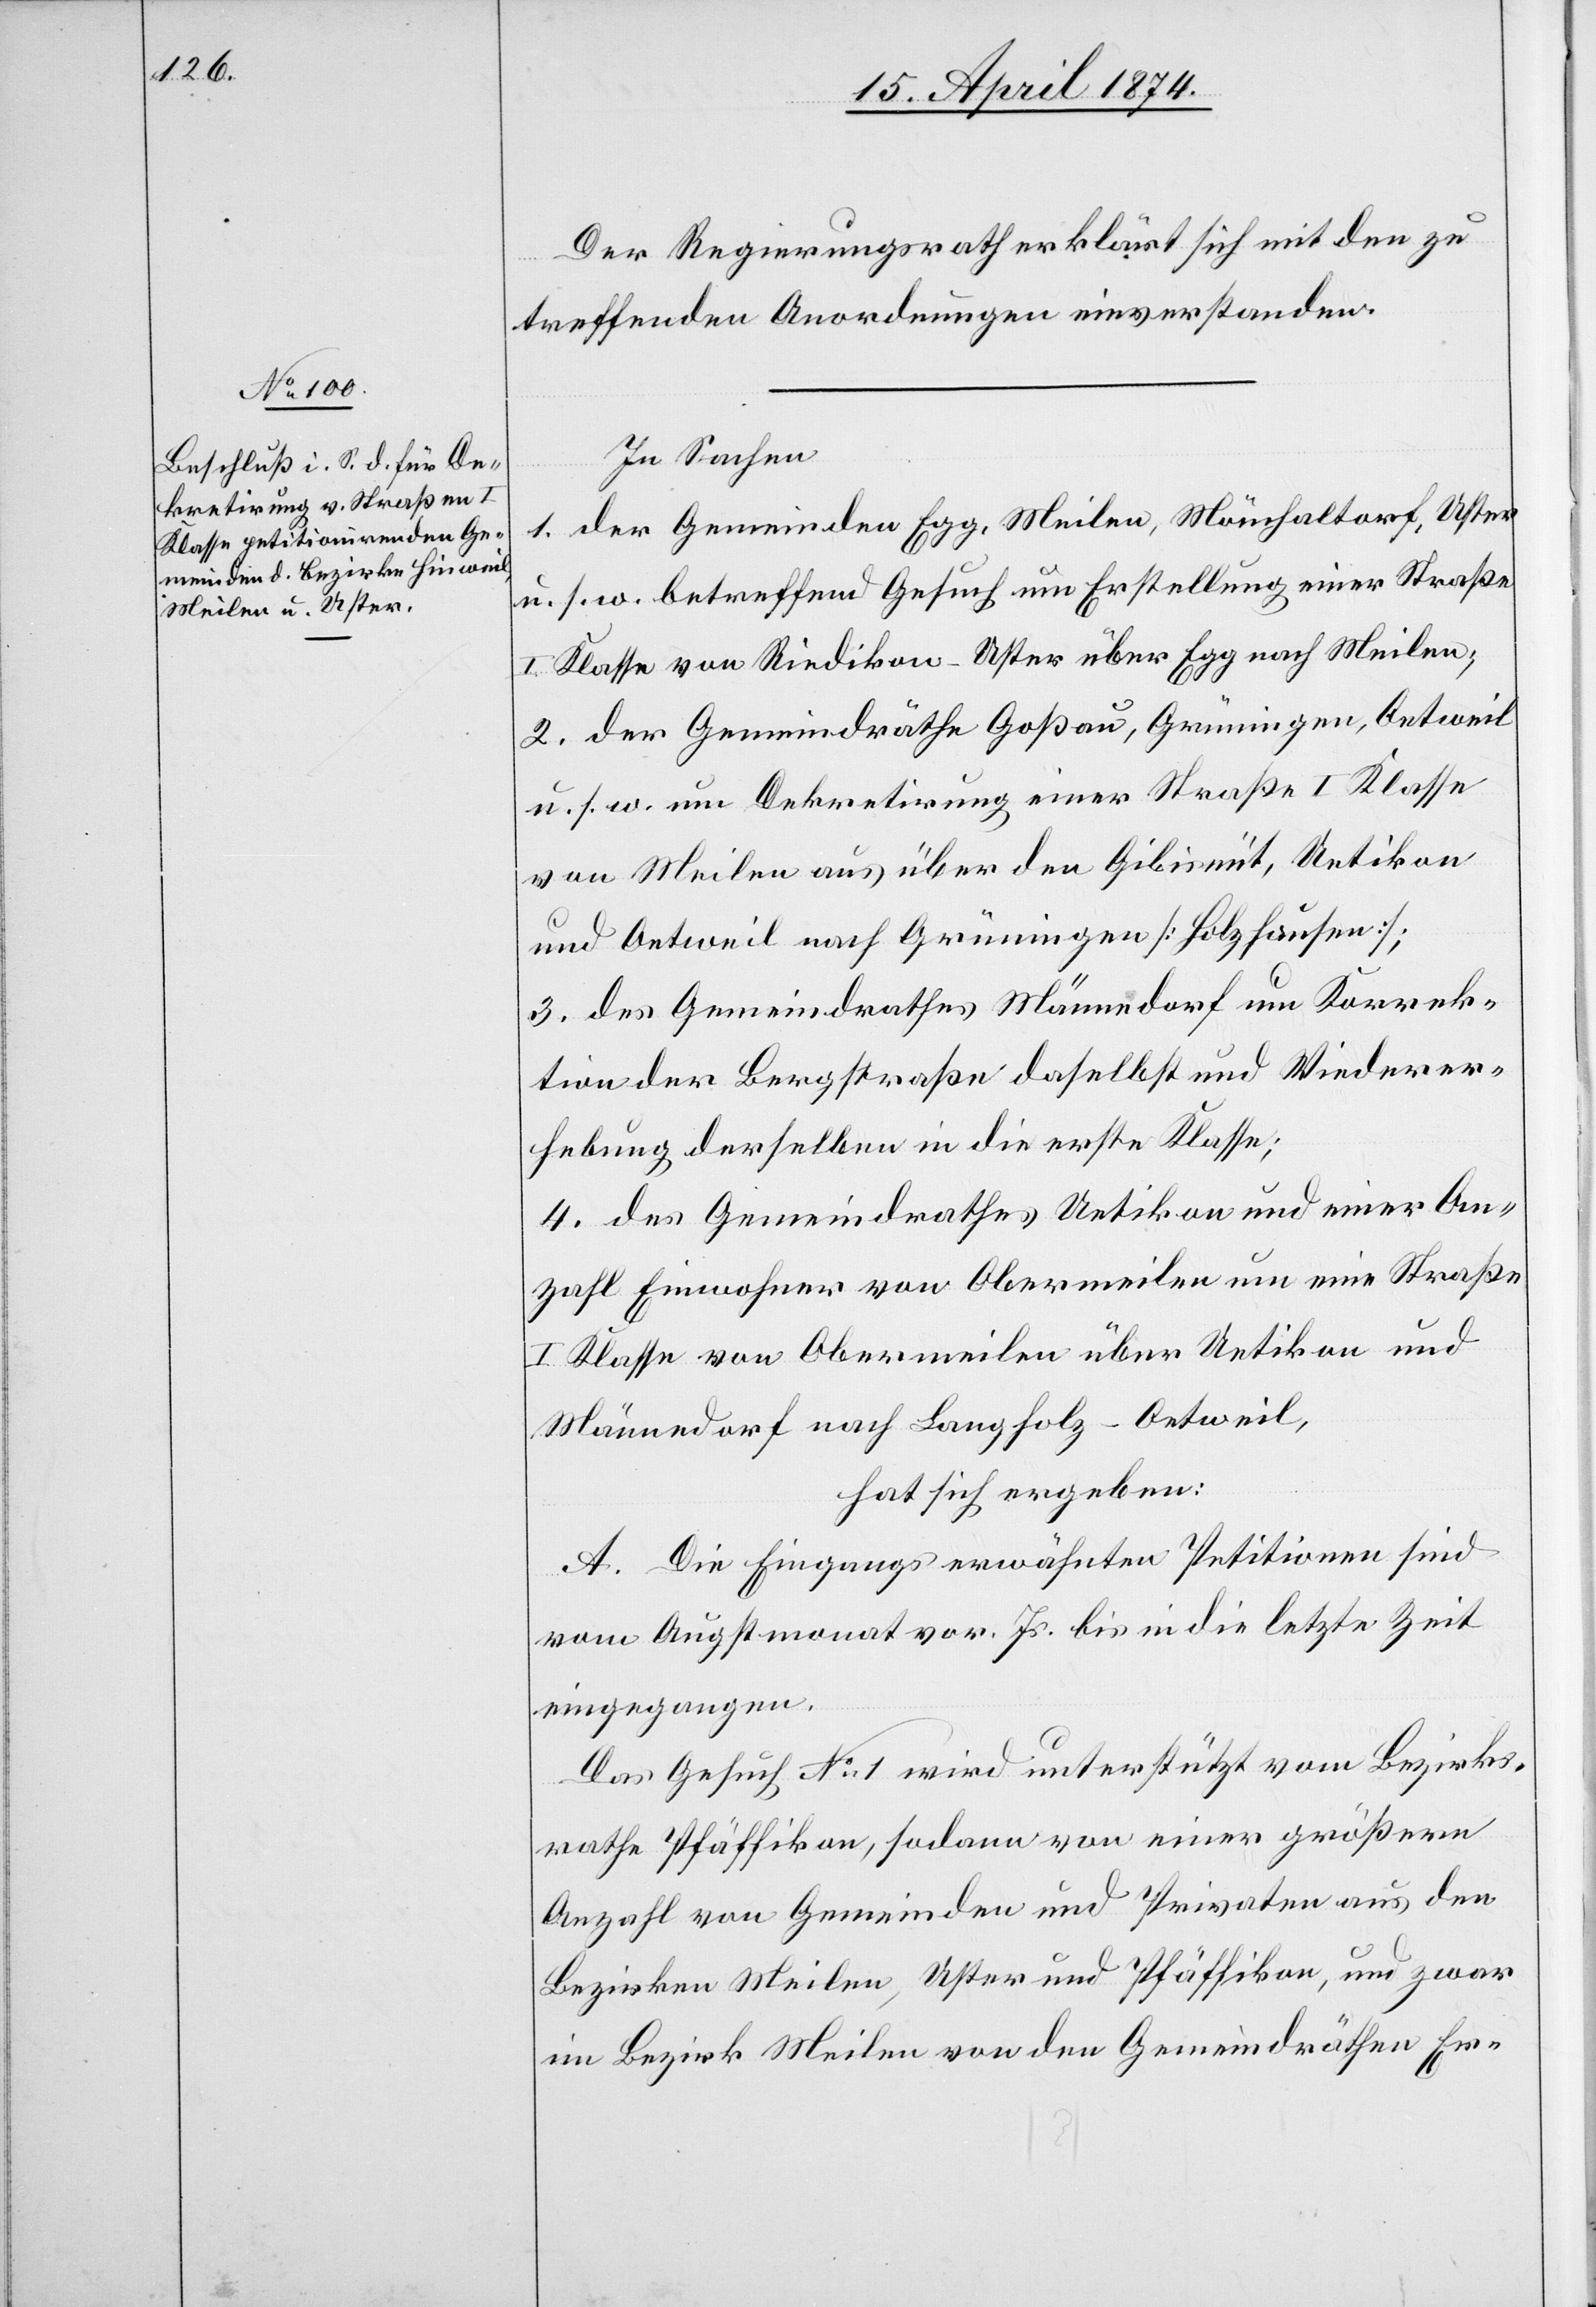
Der Regierungsrath erklärt sich mit den zu
treffenden Anordnungen einverstanden.
In Sachen
1. der Gemeinden Egg, Meilen, Mönchaltorf, Uster
u. s. w. betreffend Gesuch um Erstellung einer Straße
I. Klasse von Riedikon-Uster über Egg nach Meilen;
2. der Gemeindräthe Goßau, Grüningen, Oetweil
u. s. w. um Dekretirung einer Straße I. Klasse
von Meilen aus über den Gibisnüt, Uetikon
und Oetweil nach Grüningen [Holzhausen];
3. des Gemeindrathes Männedorf um Korrek¬
tion der Bergstraße daselbst und Wiederer¬
hebung derselben in die erste Klasse;
4. des Gemeindrathes Uetikon und einer An¬
zahl Einwohner von Obermeilen um eine Straße
I. Klasse von Obermeilen über Uetikon und
Männedorf nach Langholz-Oetweil,
hat sich ergeben:
A. Die Eingangs erwähnten Petitionen sind
vom Augstmonat vor. Js. bis in die letzte Zeit
eingegangen.
Das Gesuch No 1 wird unterstützt vom Bezirks¬
rathe Pfäffikon, sodann von einer größern
Anzahl von Gemeinden und Privaten aus den
Bezirken Meilen, Uster und Pfäffikon, und zwar
im Bezirk Meilen von den Gemeindräthen Er-